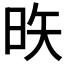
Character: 𪰕